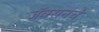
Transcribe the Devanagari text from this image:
जॅक्सनचे